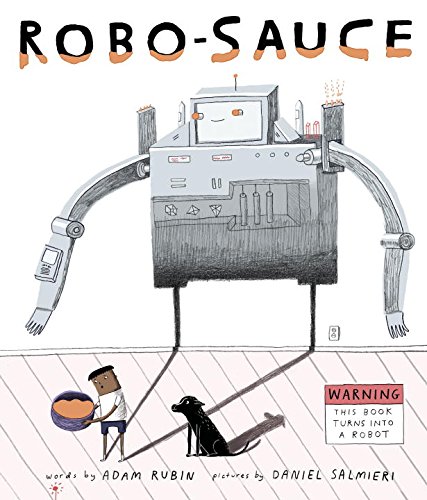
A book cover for Robo-Sauce; Adam Rubin; Children's Books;